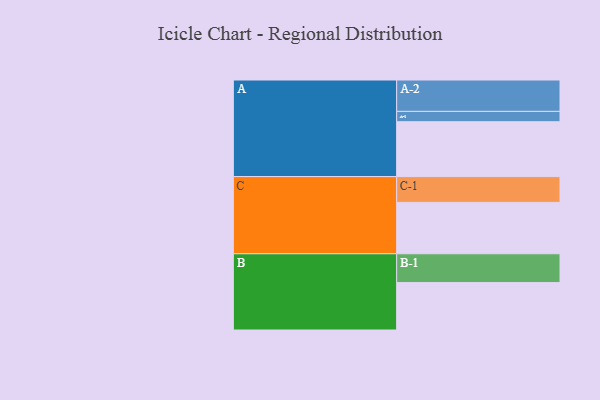
{"axis": {"x": "Segment", "y": "Value"}, "legend": ["", "A", "B", "C"], "data": [{"x": "A", "y": 472, "type": ""}, {"x": "B", "y": 408, "type": ""}, {"x": "C", "y": 442, "type": ""}, {"x": "A-1", "y": 89, "type": "A"}, {"x": "A-2", "y": 270, "type": "A"}, {"x": "B-1", "y": 248, "type": "B"}, {"x": "C-1", "y": 222, "type": "C"}]}